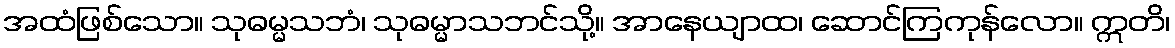
အထံဖြစ်သော။ သုဓမ္မသဘံ၊ သုဓမ္မာသဘင်သို့။ အာနေယျာထ၊ ဆောင်ကြကုန်လော။ ဣတိ၊